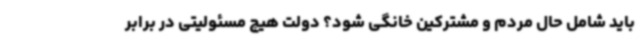
باید شامل حال مردم و مشترکین خانگی شود؟ دولت هیچ مسئولیتی در برابر